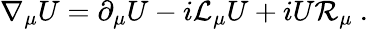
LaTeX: \nabla_{\mu}U=\partial_{\mu}U-i{\cal L}_{\mu}U+iU{\cal R}_{\mu}\ .